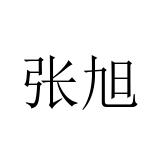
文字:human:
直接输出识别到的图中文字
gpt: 张旭